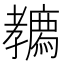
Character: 𡦳